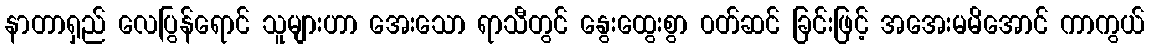
နာတာရှည် လေပြွန်ရောင် သူများဟာ အေးသော ရာသီတွင် နွေးထွေးစွာ ၀တ်ဆင် ခြင်းဖြင့် အအေးမမိအောင် ကာကွယ်